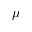
\mu